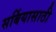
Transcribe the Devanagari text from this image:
सर्बियासाठी